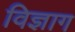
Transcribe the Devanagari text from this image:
विज्ञाग